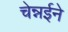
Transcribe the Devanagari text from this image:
चेन्नईने